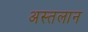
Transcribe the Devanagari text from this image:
अस्तलान